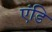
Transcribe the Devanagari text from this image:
एंडि